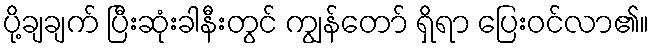
ပို့ချချက် ပြီးဆုံးခါနီးတွင် ကျွန်တော် ရှိရာ ပြေးဝင်လာ၏။